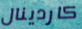
كاردينال